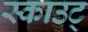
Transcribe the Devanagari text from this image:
स्काउट्